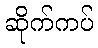
ဆိုက်ကပ်